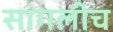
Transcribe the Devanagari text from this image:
सांगलीच